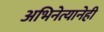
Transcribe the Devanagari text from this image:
अभिनेत्यानेही